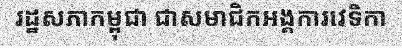
រដ្ឋសភាកម្ពុជា ជាសមាជិកអង្គការវេទិកា